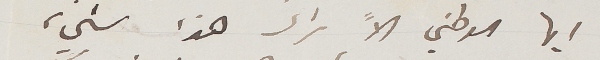
ايها الوطني الاً ترى هذا شيء